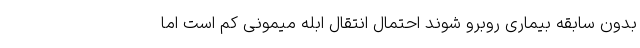
بدون سابقه بیماری روبرو شوند احتمال انتقال ابله میمونی کم است اما